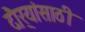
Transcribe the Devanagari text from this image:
दौर्‍यांसाठी